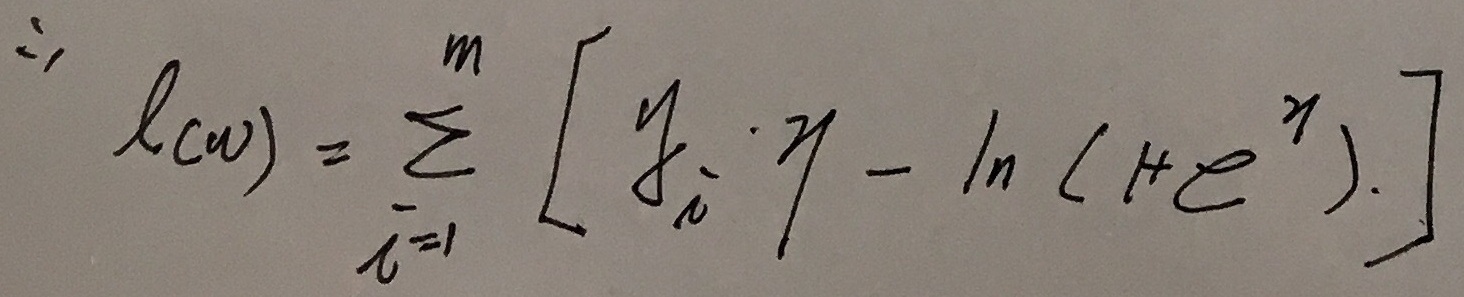
\[\therefore l(w)=\sum_{i = 1}^{m}\left[y_{i}\cdot \eta-\ln(1 + e^{\eta})\right]\]